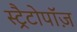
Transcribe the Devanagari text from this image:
स्ट्रैटोपॉज़